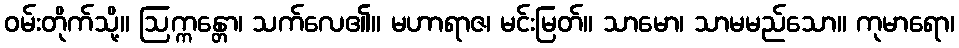
ဝမ်းတိုက်သို့။ ဩက္ကန္တော၊ သက်လေ၏။ မဟာရာဇ၊ မင်းမြတ်။ သာမော၊ သာမမည်သော။ ကုမာရော၊